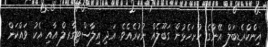
އިންކްރެޑިބަލް އޭނާގެ ހުށަހެޅުން ގަބޫލެއް ނުކުރެއެވެ. އަދި އިލާސްޓިގާރލް އާއި އެކު ވައްކަން